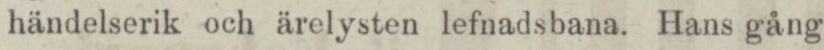
händelserik och ärelysten lefnadsbana. Hans gång